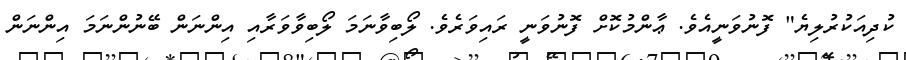
ކުދިއަކުރުލިޔެ" ފޮނުވަނީއެވެ. ޢާންމުކޮށް ފޮނުވަނީ ރައިވަރެވެ. ލޯބިވާނަމަ ލޯބިވާވަރާއި އިންނަން ބޭނުންނަމަ އިންނަން